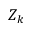
Z _ { k }